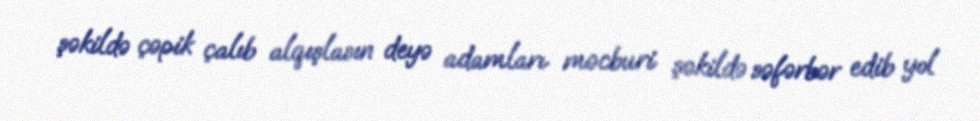
şəkildə çəpik çalıb alqışlasın deyə adamları məcburi şəkildə səfərbər edib yol